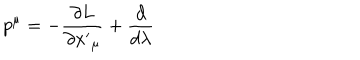
LaTeX: p ^ { \mu } = - \frac { \partial L } { \partial { x ^ { \prime } } _ { \mu } } + \frac { d } { d \lambda }